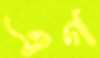
এগ